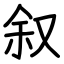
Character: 叙